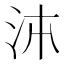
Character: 𭰉